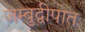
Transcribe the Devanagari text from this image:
जम्बुद्वीपात